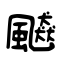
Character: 飇